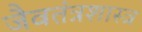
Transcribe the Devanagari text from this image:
जैवतंत्रशास्त्र